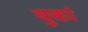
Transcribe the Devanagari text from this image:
युक्तां